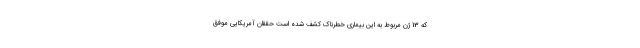
که 13 ژن مربوط به این بیماری خطرناک کشف شده است حققان آمریکایی موفق